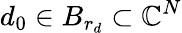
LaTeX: d_{0}\in B_{r_{d}}\subset\mathbb{C}^{N}